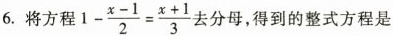
6.将方程$$1- \frac{x-1}{2}= \frac{x+1}{3}$$ 去分母，得到的整式方程是